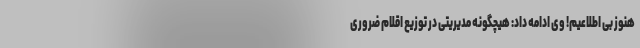
هنوز بی اطلاعیم! وی ادامه داد: هیچگونه مدیریتی در توزیع اقلام ضروری